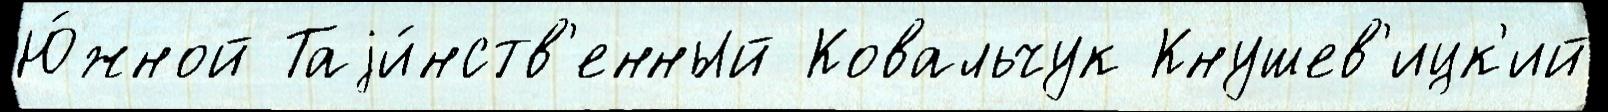
Ю́жной Таjи́нств'енный Ковальчук Кнушев'ицк'ий